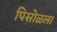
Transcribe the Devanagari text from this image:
पिसोळला